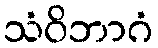
သံဝိဘာဂံ